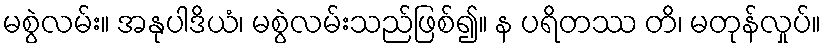
မစွဲလမ်း။ အနုပါဒိယံ၊ မစွဲလမ်းသည်ဖြစ်၍။ န ပရိတဿ တိ၊ မတုန်လှုပ်။